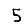
Digit: 5